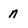
Character: n